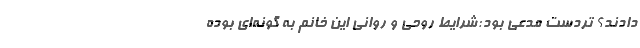
دادند؟ تردست مدعی بود:شرایط روحی و روانی این خانم به گونه‌ای بوده